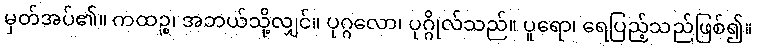
မှတ်အပ်၏။ ကထဉ္စ၊ အဘယ်သို့လျှင်။ ပုဂ္ဂလော၊ ပုဂ္ဂိုလ်သည်။ ပူရော၊ ရေပြည့်သည်ဖြစ်၍။